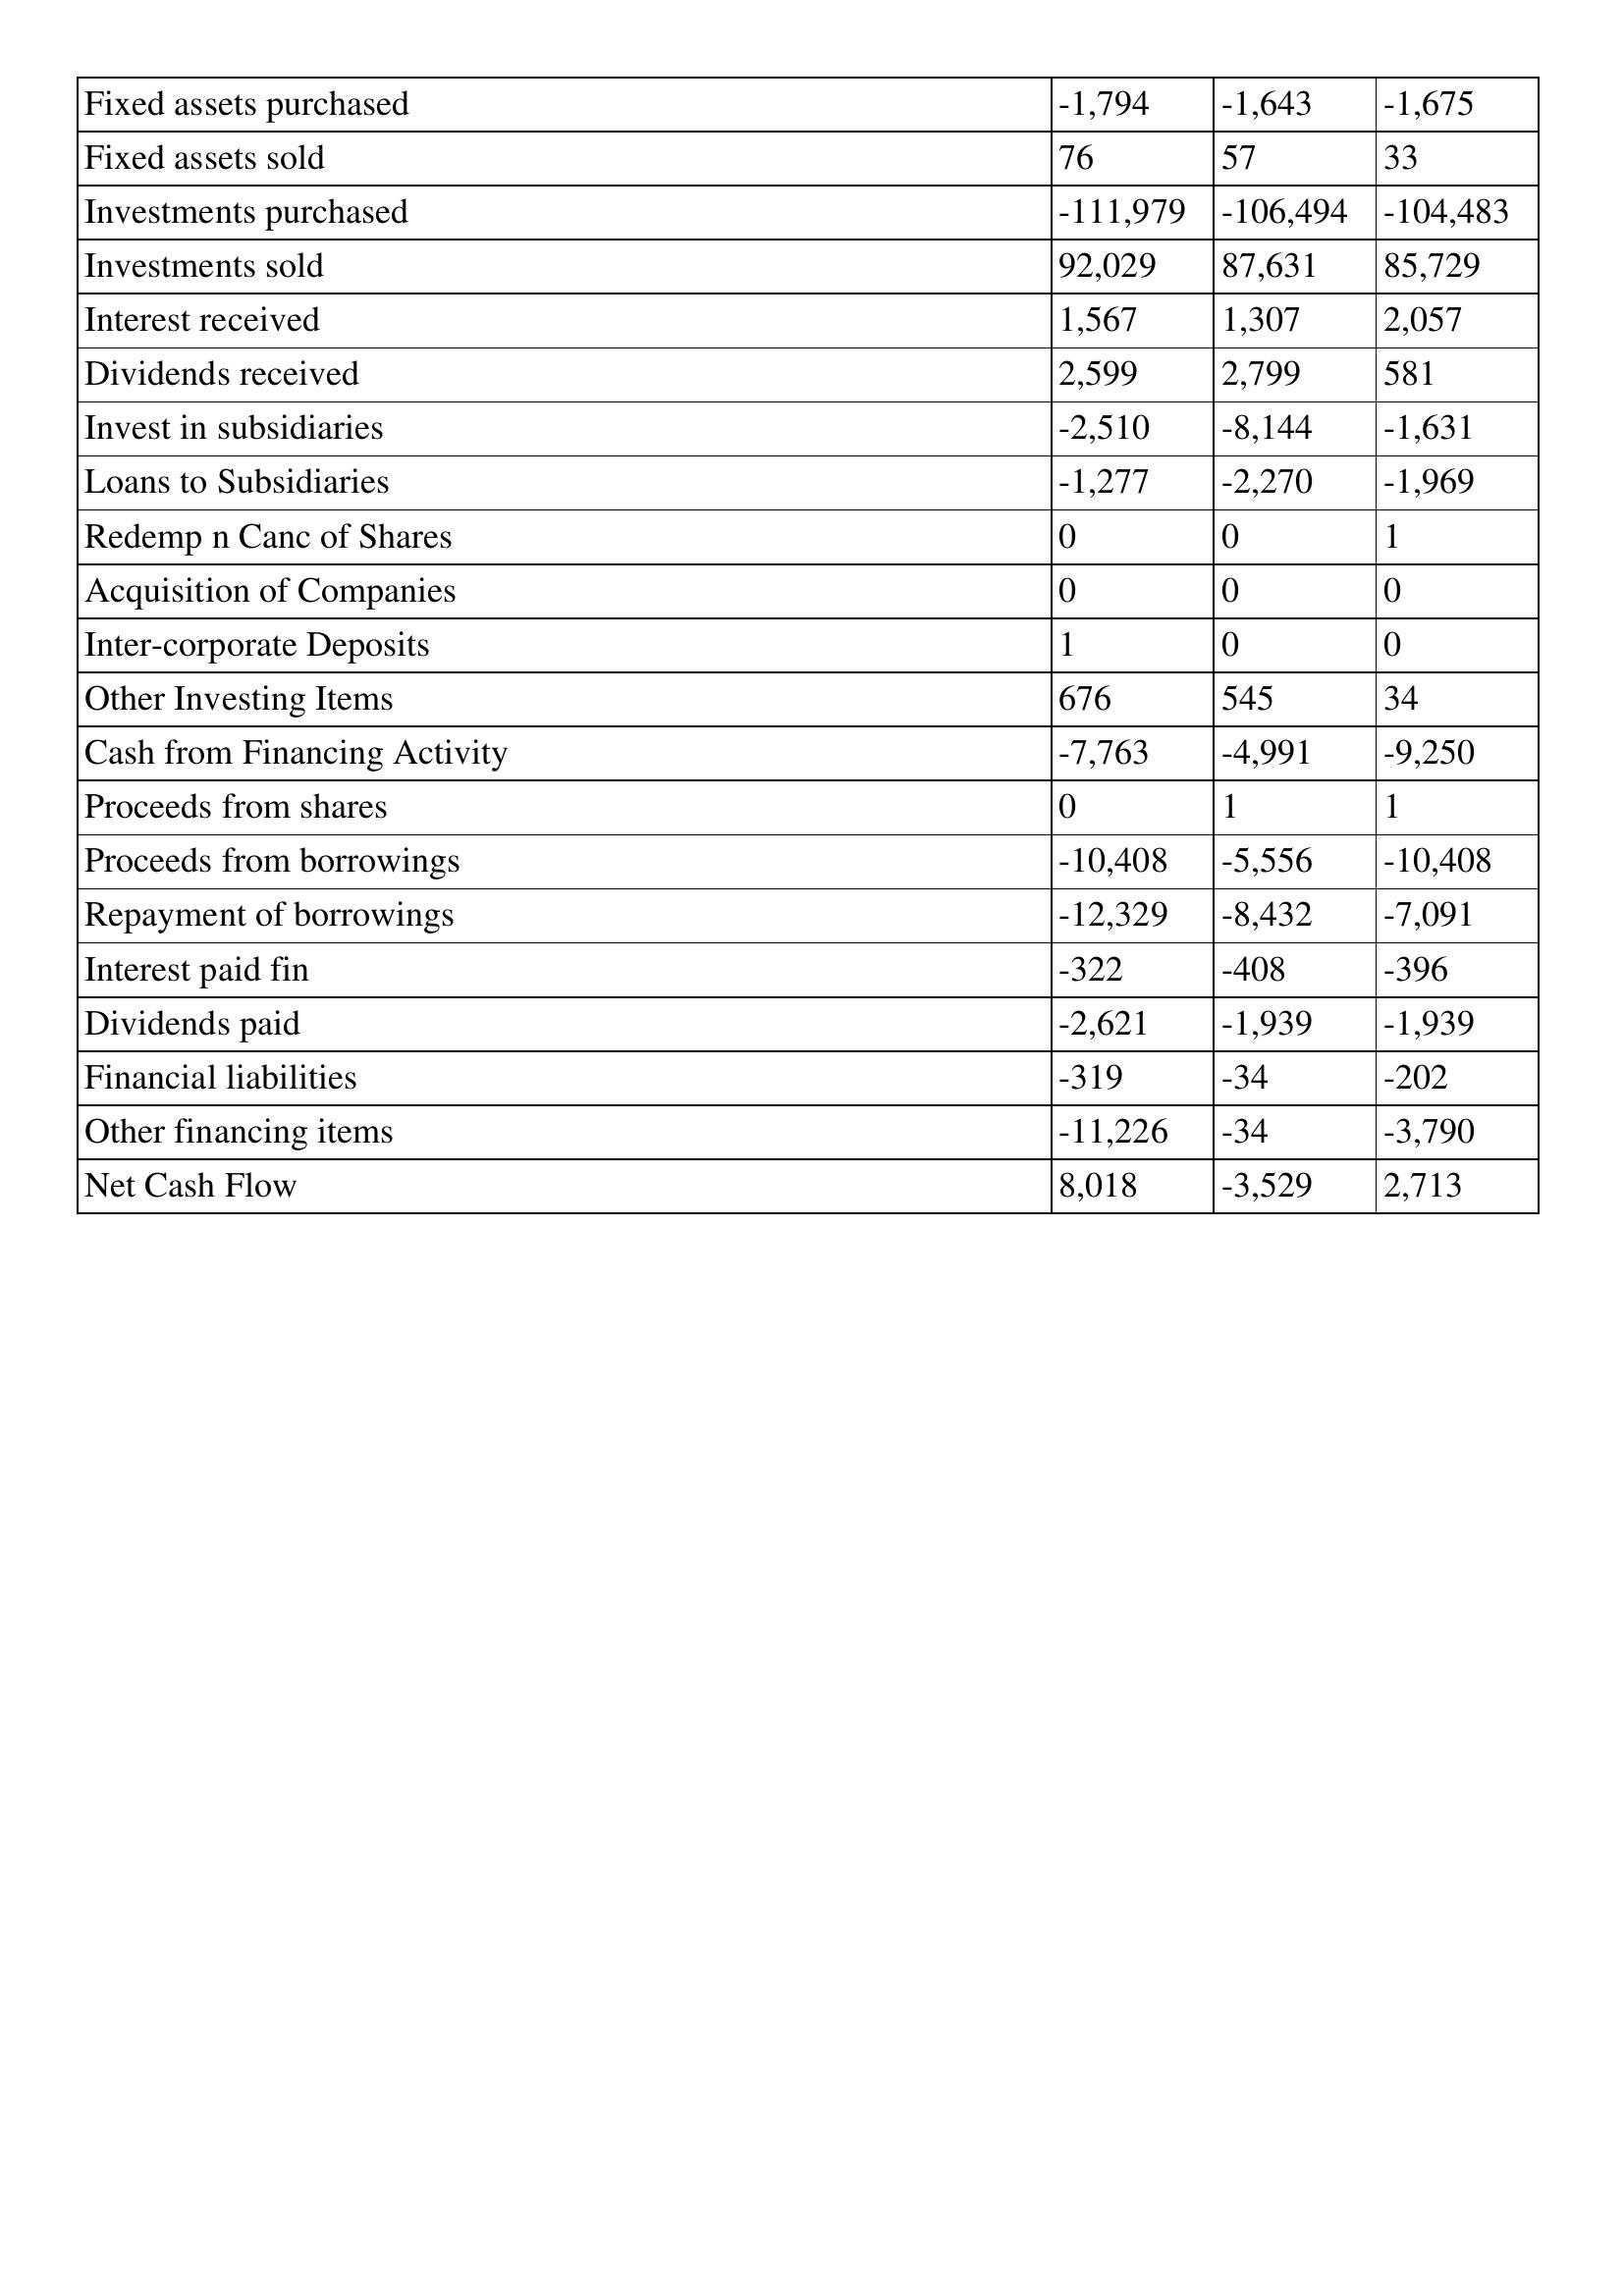
gt_parse: 2010: Cash Flows: Fixed assets purchased: -1,794
Fixed assets sold: 76
Investments purchased: -111,979
Investments sold: 92,029
Interest received: 1,567
Dividends received: 2,599
Invest in subsidiaries: -2,510
Loans to Subsidiaries: -1,277
Redemp n Canc of Shares: 0
Acquisition of Companies: 0
Inter-corporate Deposits: 1
Other Investing Items: 676
Cash from Financing Activity: -7,763
Proceeds from shares: 0
Proceeds from borrowings: -10,408
Repayment of borrowings: -12,329
Interest paid fin: -322
Dividends paid: -2,621
Financial liabilities: -319
Other financing items: -11,226
Net Cash Flow: 8,018
2009: Cash Flows: Fixed assets purchased: -1,643
Fixed assets sold: 57
Investments purchased: -106,494
Investments sold: 87,631
Interest received: 1,307
Dividends received: 2,799
Invest in subsidiaries: -8,144
Loans to Subsidiaries: -2,270
Redemp n Canc of Shares: 0
Acquisition of Companies: 0
Inter-corporate Deposits: 0
Other Investing Items: 545
Cash from Financing Activity: -4,991
Proceeds from shares: 1
Proceeds from borrowings: -5,556
Repayment of borrowings: -8,432
Interest paid fin: -408
Dividends paid: -1,939
Financial liabilities: -34
Other financing items: -34
Net Cash Flow: -3,529
2008: Cash Flows: Fixed assets purchased: -1,675
Fixed assets sold: 33
Investments purchased: -104,483
Investments sold: 85,729
Interest received: 2,057
Dividends received: 581
Invest in subsidiaries: -1,631
Loans to Subsidiaries: -1,969
Redemp n Canc of Shares: 1
Acquisition of Companies: 0
Inter-corporate Deposits: 0
Other Investing Items: 34
Cash from Financing Activity: -9,250
Proceeds from shares: 1
Proceeds from borrowings: -10,408
Repayment of borrowings: -7,091
Interest paid fin: -396
Dividends paid: -1,939
Financial liabilities: -202
Other financing items: -3,790
Net Cash Flow: 2,713